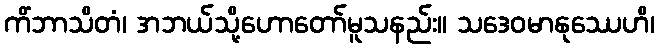
ကိံဘာသိတံ၊ အဘယ်သို့ဟောတော်မူသနည်း။ သဒေဝမာနုဿေဟိ၊